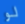
لو